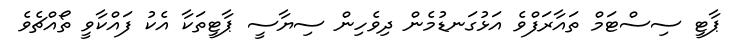
ޕާޓީ ސިސްޓަމް ތައާރަފްވެ އަޅުގަނޑުމެން ދިވެހިން ސިޔާސީ ޕާޓީތަކާ އެކު ފައްކާވީ ތޯއްޗެވެ